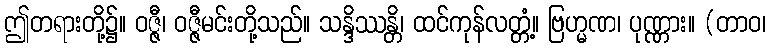
ဤတရားတို့၌။ ဝဇ္ဇီ၊ ဝဇ္ဇီမင်းတို့သည်။ သန္ဒိဿန္တိ၊ ထင်ကုန်လတ္တံ့။ ဗြဟ္မဏ၊ ပုဏ္ဏား။ (တာဝ၊